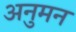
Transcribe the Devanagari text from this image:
अनुमन